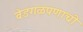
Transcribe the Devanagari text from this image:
वेडगळपणाची